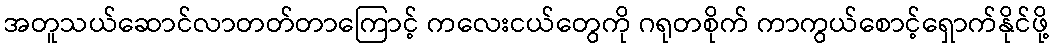
အတူသယ်ဆောင်လာတတ်တာကြောင့် ကလေးငယ်တွေကို ဂရုတစိုက် ကာကွယ်စောင့်ရှောက်နိုင်ဖို့